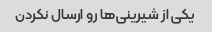
یکی از شیرینی‌ها رو ارسال نکردن